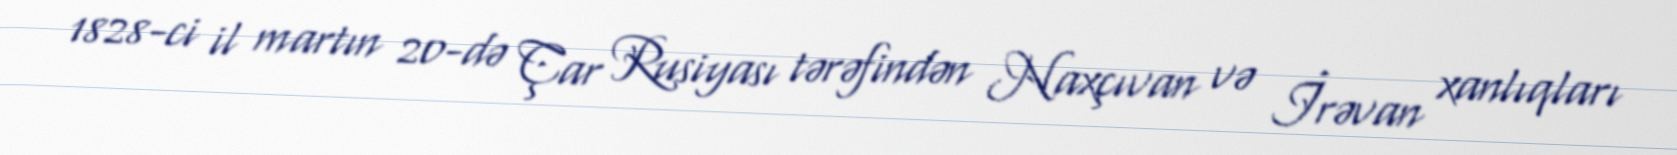
1828-ci il martın 20-də Çar Rusiyası tərəfindən Naxçıvan və İrəvan xanlıqları